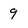
Character: 9